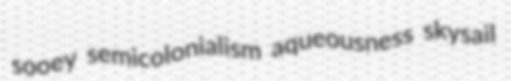
sooey semicolonialism aqueousness skysail